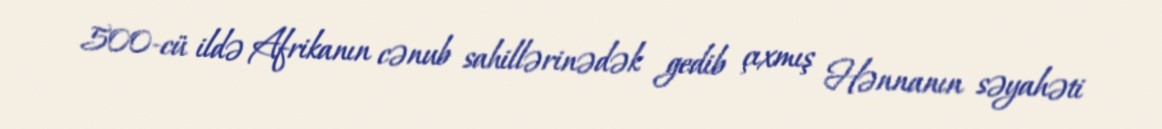
500-cü ildə Afrikanın cənub sahillərinədək gedib çıxmış Hənnanın səyahəti